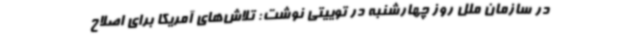
در سازمان ملل روز چهارشنبه در توییتی نوشت: تلاش‌های آمریکا برای اصلاح